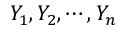
Y _ { 1 } , Y _ { 2 } , \cdots , Y _ { n }